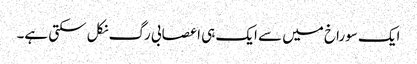
ایک سوراخ میں سے ایک ہی اعصابی رگ نکل سکتی ہے۔